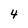
Character: 4